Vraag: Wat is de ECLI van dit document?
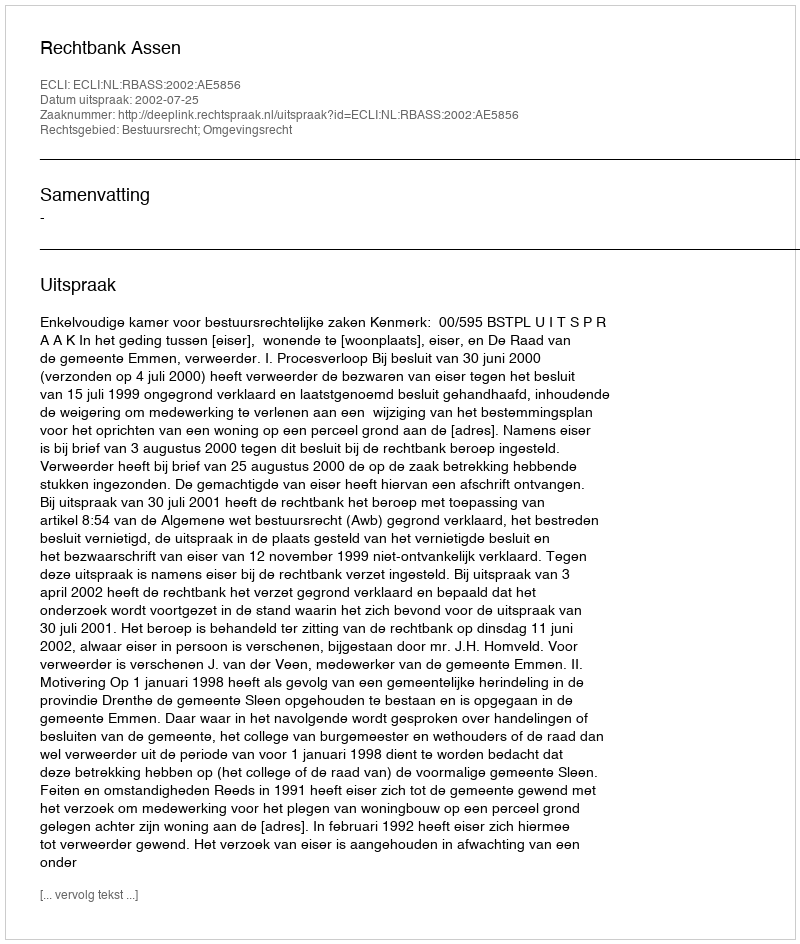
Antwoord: ECLI:NL:RBASS:2002:AE5856